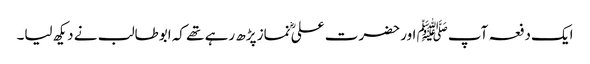
ایک دفعہ آپﷺ اور حضرت علیؓ نماز پڑھ رہے تھے کہ ابوطالب نے دیکھ لیا۔